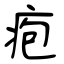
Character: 疱